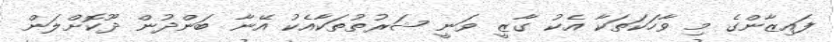
ފައިޒާންގެ މި ވާހަކަތަކާ އެކު ގާޒީ ވަނީ ޝަރުތުތަކާއެކު އޭނާ ބަންދުން ދޫކޮށްލަން